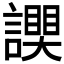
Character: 𧬮